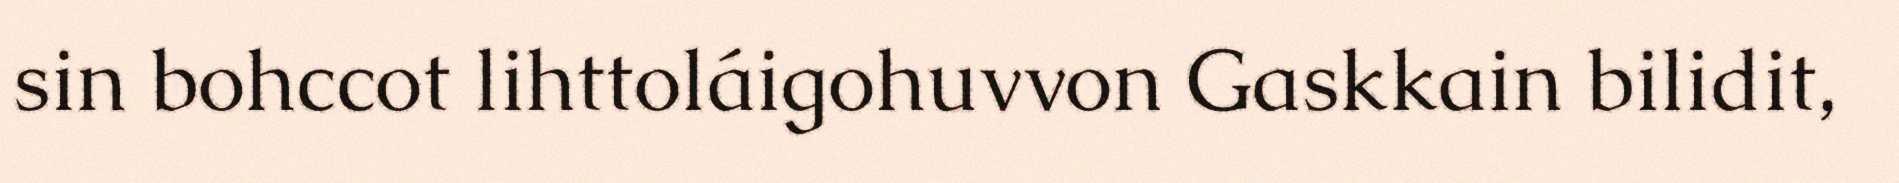
sin bohccot lihttoláigohuvvon Gaskkain bilidit,